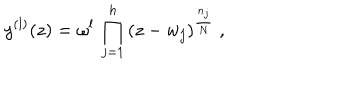
LaTeX: y ^ { ( l ) } ( z ) = \omega ^ { l } \, \prod _ { j = 1 } ^ { h } \, ( z - w _ { j } ) ^ { \frac { n _ { j } } { N } } ~ ,